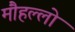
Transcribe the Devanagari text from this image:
मौहल्लो